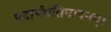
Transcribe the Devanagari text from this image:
पदार्थप्रतिपादनम्।